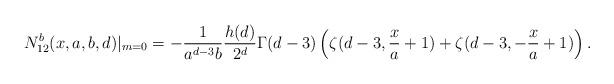
LaTeX: \begin{align*}N_{12}^{b}(x,a,b,d)|_{m=0}=-\frac{1}{a^{d-3}b}\frac{h(d)}{2^{d}}\Gamma(d-3)\left(\zeta(d-3,\frac{x}{a}+1)+\zeta(d-3,-\frac{x}{a}+1)\right).\end{align*}